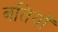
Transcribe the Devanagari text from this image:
बतियाँ